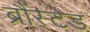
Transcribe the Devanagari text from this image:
ब्रौंस्टेड